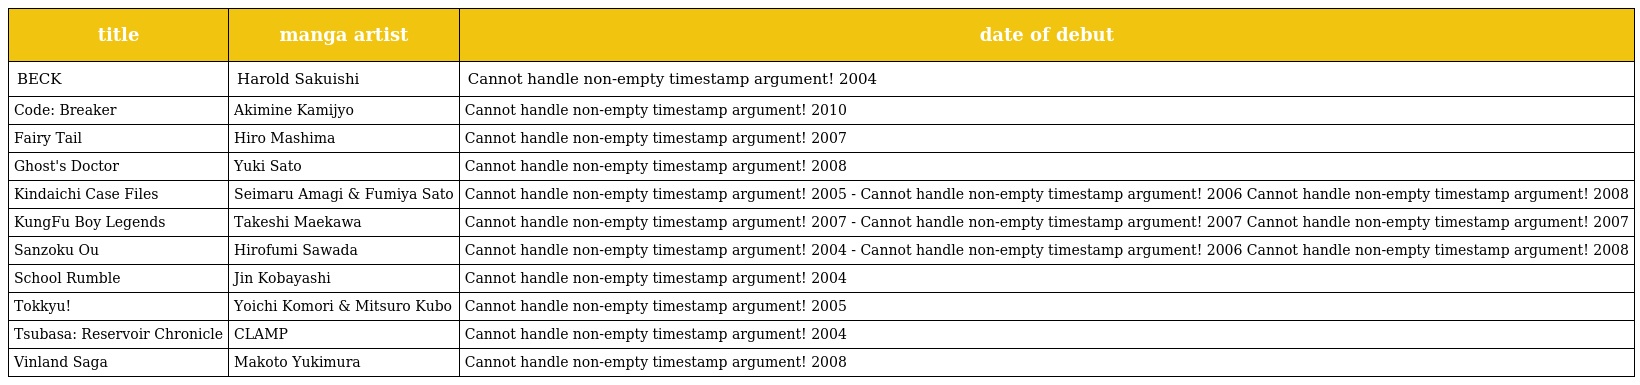
| title | manga artist | date of debut |
 | --- | --- | --- |
 | BECK | Harold Sakuishi | Cannot handle non-empty timestamp argument! 2004 |
 | Code: Breaker | Akimine Kamijyo | Cannot handle non-empty timestamp argument! 2010 |
 | Fairy Tail | Hiro Mashima | Cannot handle non-empty timestamp argument! 2007 |
 | Ghost's Doctor | Yuki Sato | Cannot handle non-empty timestamp argument! 2008 |
 | Kindaichi Case Files | Seimaru Amagi & Fumiya Sato | Cannot handle non-empty timestamp argument! 2005 - Cannot handle non-empty timestamp argument! 2006 Cannot handle non-empty timestamp argument! 2008 |
 | KungFu Boy Legends | Takeshi Maekawa | Cannot handle non-empty timestamp argument! 2007 - Cannot handle non-empty timestamp argument! 2007 Cannot handle non-empty timestamp argument! 2007 |
 | Sanzoku Ou | Hirofumi Sawada | Cannot handle non-empty timestamp argument! 2004 - Cannot handle non-empty timestamp argument! 2006 Cannot handle non-empty timestamp argument! 2008 |
 | School Rumble | Jin Kobayashi | Cannot handle non-empty timestamp argument! 2004 |
 | Tokkyu! | Yoichi Komori & Mitsuro Kubo | Cannot handle non-empty timestamp argument! 2005 |
 | Tsubasa: Reservoir Chronicle | CLAMP | Cannot handle non-empty timestamp argument! 2004 |
 | Vinland Saga | Makoto Yukimura | Cannot handle non-empty timestamp argument! 2008 |